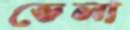
ভেলা